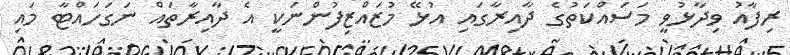
ރިފާއު ވިދާޅުވީ މަސައްކަތުގެ ދާއިރާގައި އުޅޭ މުޒައްޒިފުންނަކީ އެ ދާއިރާތައް ނަގަހައްޓާ މައި